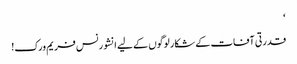
‘
قدرتی آفات کے شکار لوگوں کے لیے انشورنس فریم ورک!